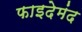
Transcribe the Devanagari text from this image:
फाइदेमंद